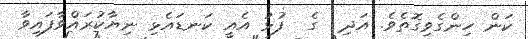
ކަން ހިންގެވިގޮތެވެ. އަދި  ގެ  ފުޅު އެއީ ކަނޑައެޅި ނިޔާކުރައްވާފައިވާ